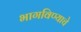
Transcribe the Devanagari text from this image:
भागविण्याचे